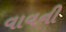
વાવની